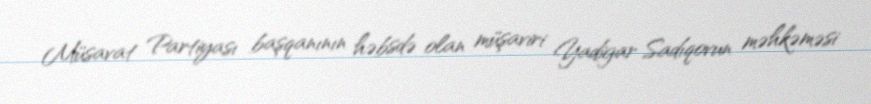
Müsavat Partiyası başqanının həbsdə olan müşaviri Yadigar Sadıqovun məhkəməsi